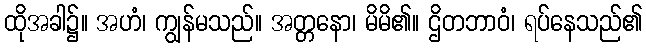
ထိုအခါ၌။ အဟံ၊ ကျွန်မသည်။ အတ္တနော၊ မိမိ၏။ ဌိတဘာဝံ၊ ရပ်နေသည်၏